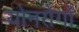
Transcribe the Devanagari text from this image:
योनरोगों